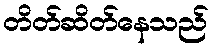
တိတ်ဆိတ်နေသည်